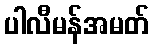
ပါလီမန်အမတ်